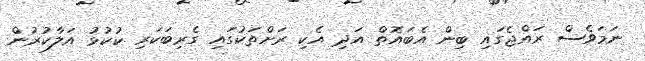
ނަމަވެސް ރައްޖެގައި ބިން އެބައޮތް އަދި އެކި ރަށްތަކުގައި ގެރިބަކަރި ކުކުޅު އަލާކުރުން